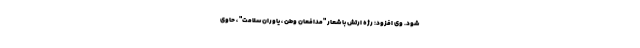
شود. وی افزود: رژه ارتش با شعار "مدافعان وطن ، یاوران سلامت" ، حاوی